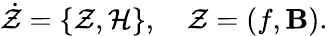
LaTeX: \dot{\mathcal{Z}}=\{ \mathcal{Z},\mathcal{H}\} ,\quad\mathcal{Z}=(f,{\mathbf B}).